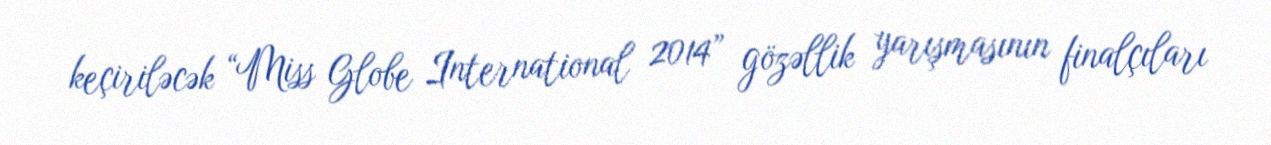
keçiriləcək “Miss Globe International 2014” gözəllik yarışmasının finalçıları